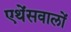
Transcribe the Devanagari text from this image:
एथेंसवालों